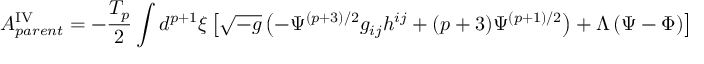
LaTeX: A _ { p a r e n t } ^ { \mathrm { I V } } = - \frac { T _ { p } } { 2 } \int d ^ { p + 1 } { \xi } \left[ \sqrt { - g } \left( - { \Psi } ^ { ( p + 3 ) / 2 } g _ { i j } h ^ { i j } + ( p + 3 ) { \Psi } ^ { ( p + 1 ) / 2 } \right) + { \Lambda } \left( { \Psi } - { \Phi } \right) \right] .